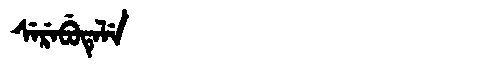
Manchu: ᠰᡝᡵᡝᠪᡠᡨᡝᠯᡝ
Romanization: SEREBUTELE